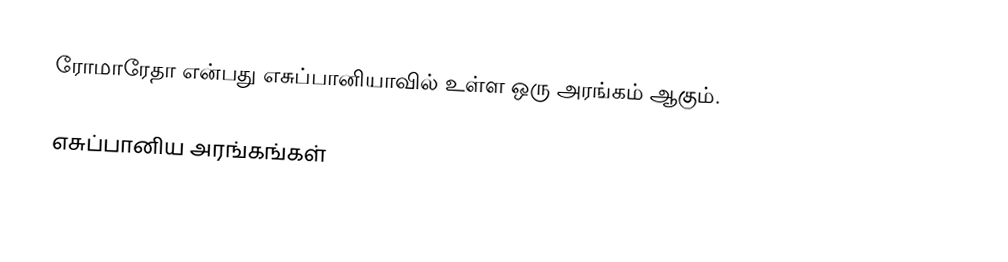
ரோமாரேதா என்பது எசுப்பானியாவில் உள்ள ஒரு அரங்கம் ஆகும்.

எசுப்பானிய அரங்கங்கள்